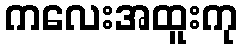
ကလေးအထူးကု